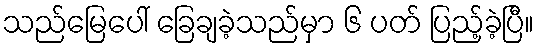
သည်မြေပေါ် ခြေချခဲ့သည်မှာ ၆ ပတ် ပြည့်ခဲ့ပြီ။